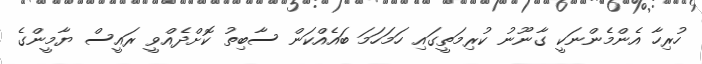
ހުރިހާ އެންމެންނަކީ ގާނޫނު ކުރިމަތީގައި ހަމަހަމަ ބައެއްކަން ސާބިތު ކޮށްދެއްވީ ރައީސް ޔާމީންގެ